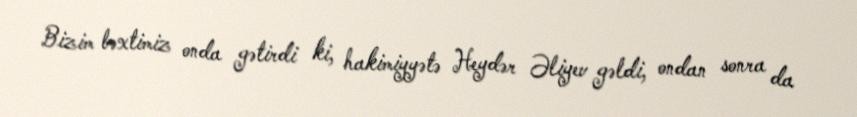
Bizim bəxtimiz onda gətirdi ki, hakimiyyətə Heydər Əliyev gəldi, ondan sonra da